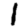
Digit: 1